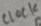
Text: CLOCK